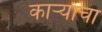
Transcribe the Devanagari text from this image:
काऱ्याचा